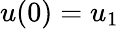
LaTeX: u(0)=u_{1}